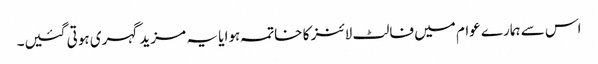
اس سے ہمارے عوام میں فالٹ لائنز کا خاتمہ ہوا یا یہ مزید گہری ہوتی گئیں۔